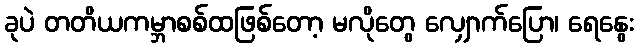
ခုပဲ တတိယကမ္ဘာစစ်ထဖြစ်တော့ မလိုတွေ လျှောက်ပြော၊ ရေနွေး